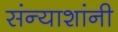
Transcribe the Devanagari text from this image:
संन्याशांनी